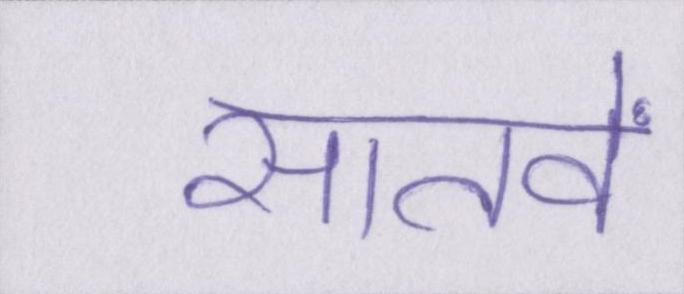
सातवें